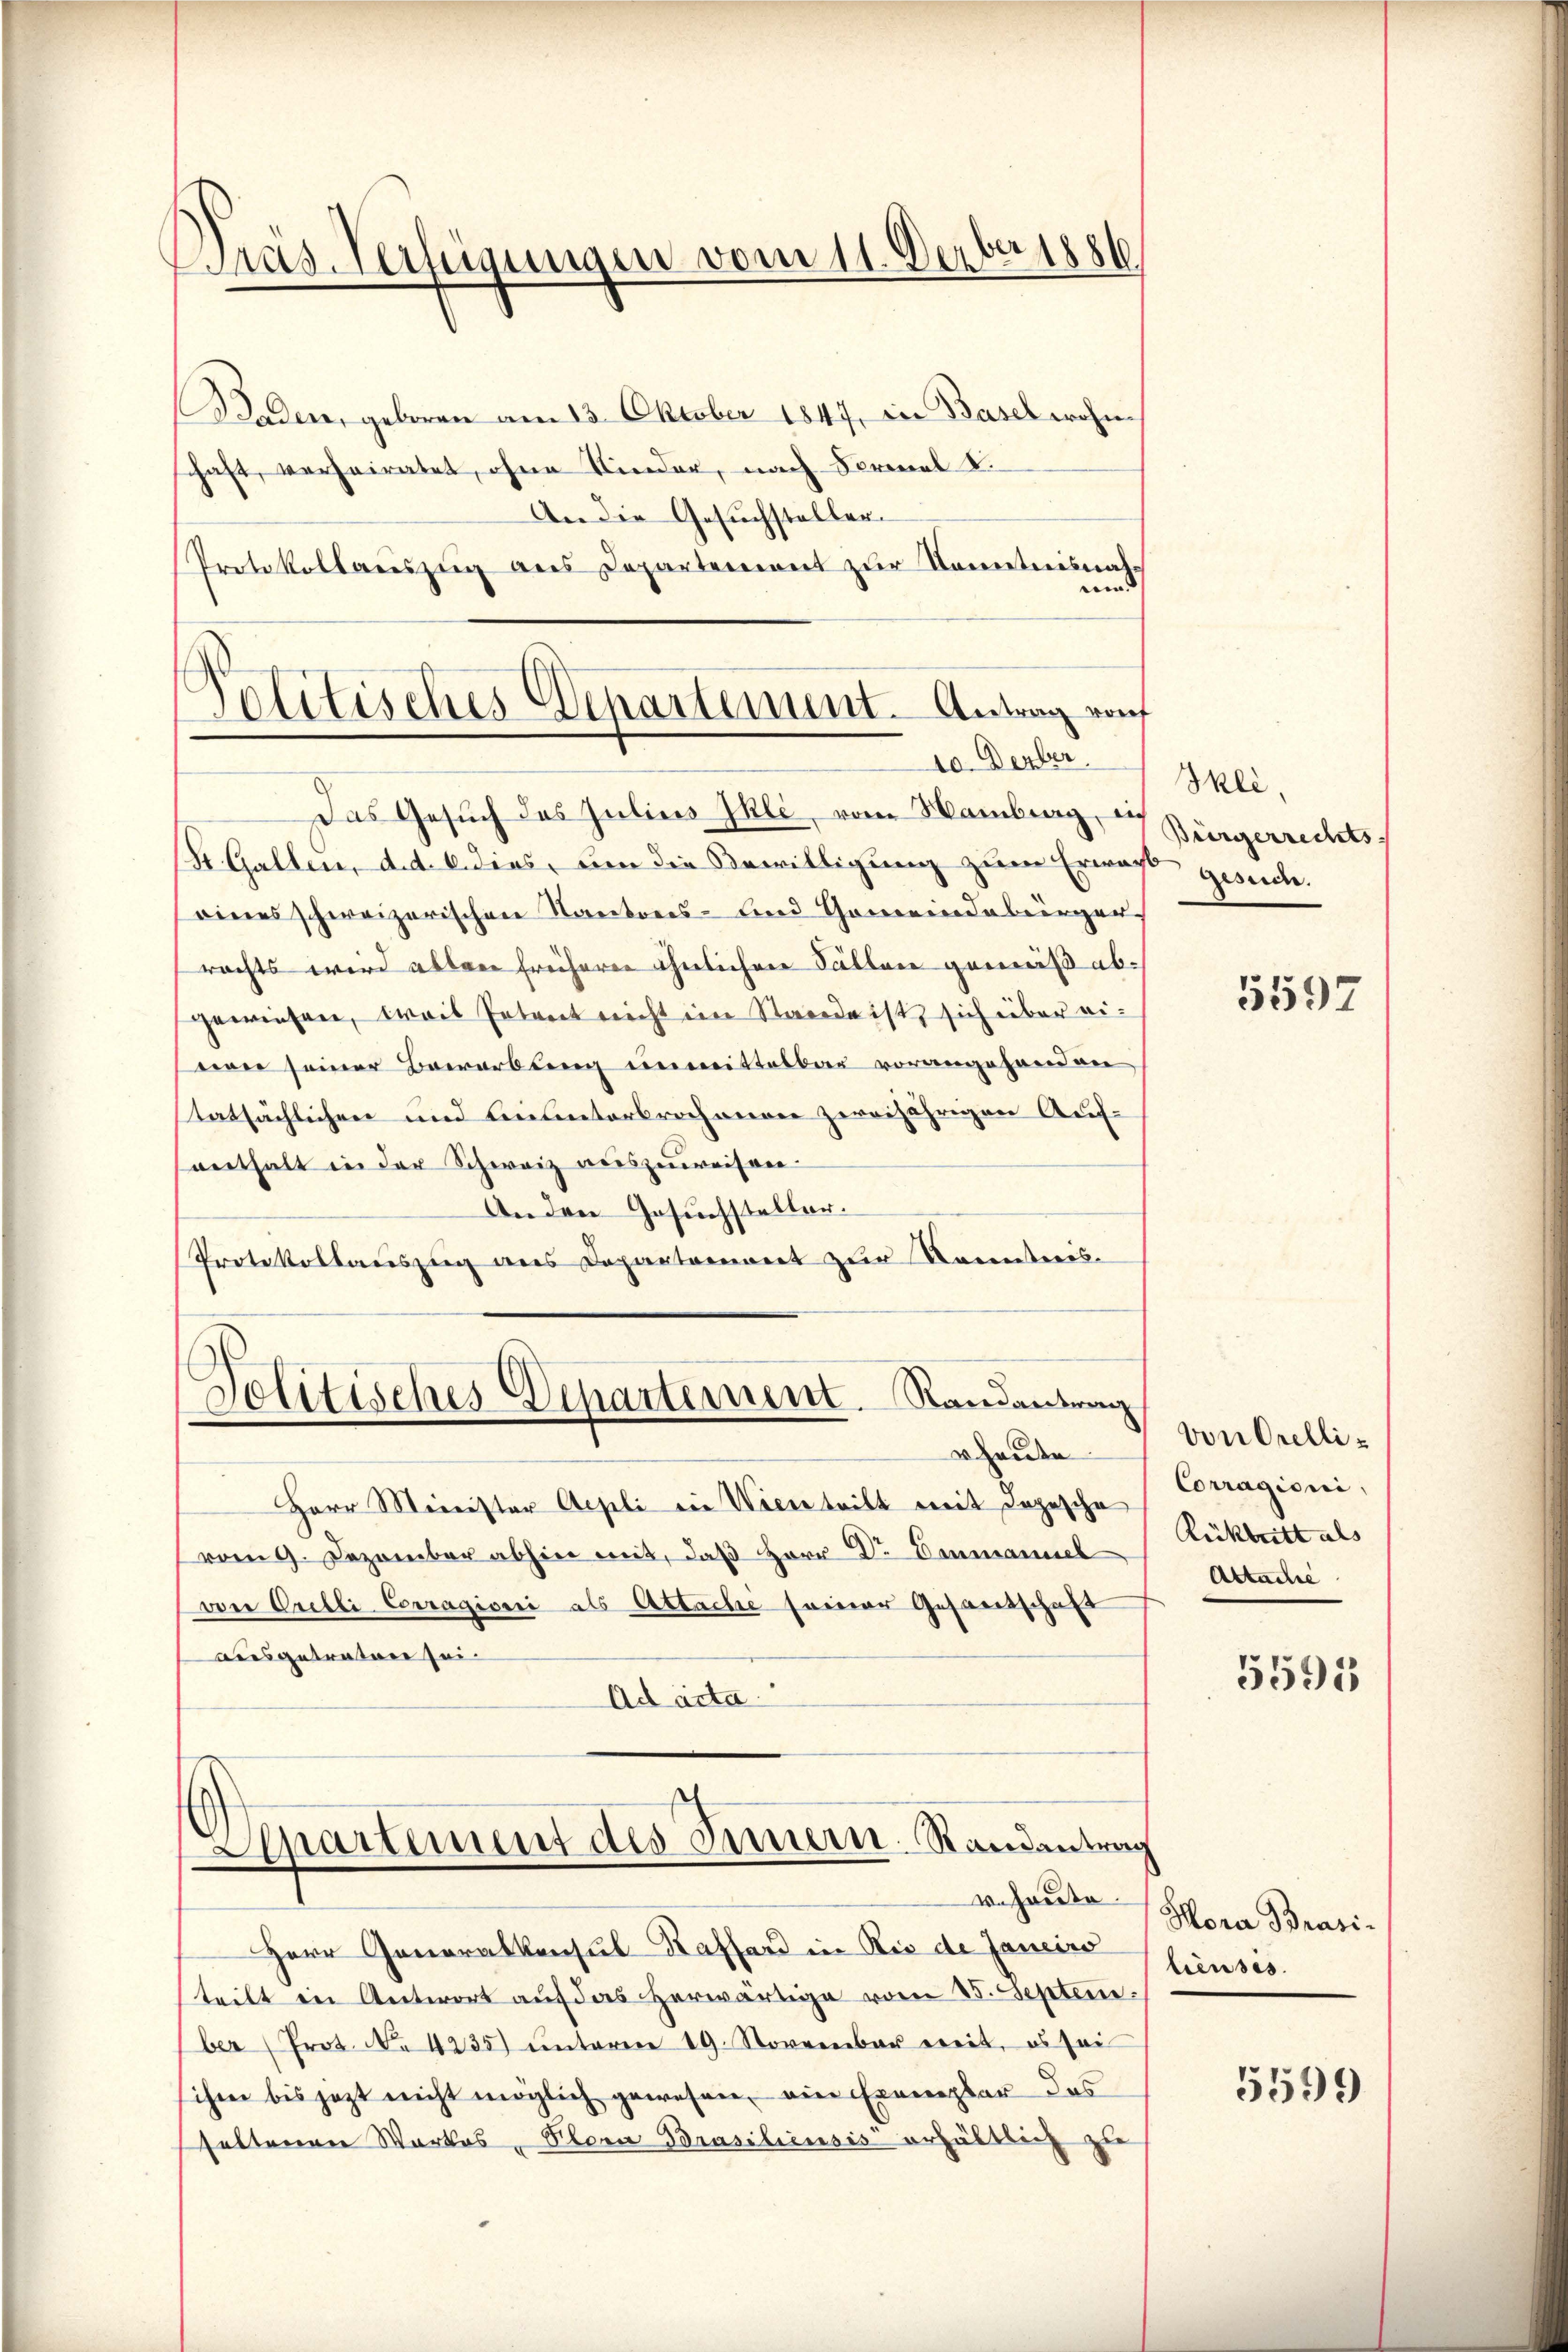
Das Verfügungen vom 11. Derber 1886

Baden, geboren am 13. Oktober 1847, in Basel wohne
schaft, verheiratet, ohne Kinder, nach Formal 2.
An die Gesuchsteller¬
Protokollauszug aus Departement zur Kenntnisnah
und
Politisches Departement. Antrag rauf

10. Derber.
Das Gesŭch des Julius Ihle vom Hamburg, Bürgerrechts

St. Gallen, d. d. 6. dies, um die Bewilligung zum Erwart gesuch.
eines schweizerischen Kantons- und Gemeindebürger
rachts wird allen früheren ähnlichen Fällen gemäß abgewiesen, weis Petreit nicht im Stande ist sich über eiwie seiner Baerarbung unmittelbar vorangehanden
statsächlichen und Linunterbrochenen zweijährigen Aufeenthalt in der Schweiz auszuweiseen
An den Gesuchsteller.
Protokollauszug aus Departement zur Kenntnis.
Herr Meinister Aepli ein Wienteilt mit dopesche
vom 9. Dezember abhin mit, daß Herr Dr Einmanuel
von Orelli Corragioni als Attache seiner Gesandschaft
ausgetraten sei
Ad acta
Apartement des Innern-Randantrag
v. Heute.
Herr Generalkonsul-Raffard in die de Janeiro
teilt in Antwort auf das herwärtige vom 25. September (Prot. No 4235) unterm 19. November weit, es sei
ihm bis jezt nicht möglich gewesen, – ein Exemplar des
seltenen Wartes, Stern Brasiliensis erhältlich zu

Politisches Departement. Randantrag
rheute

Ikli,

5597

von Orelli¬
Corragioni,
Rückbritt als
Abtache

5595

Hora Brasi-
lieuses.

5599